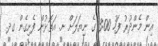
އިން މެންދުރު ފަހު 3:00 ގެ ނިޔަލަށް ށ. އަތޮޅުން ފެށިގެން ގދ.